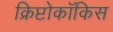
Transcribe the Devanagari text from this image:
क्रिप्टोकॉकिस